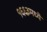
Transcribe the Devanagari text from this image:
१६६३मध्ये